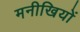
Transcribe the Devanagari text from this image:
मनीखियों